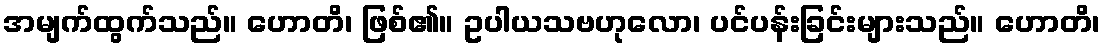
အမျက်ထွက်သည်။ ဟောတိ၊ ဖြစ်၏။ ဥပါယသဗဟုလော၊ ပင်ပန်းခြင်းများသည်။ ဟောတိ၊